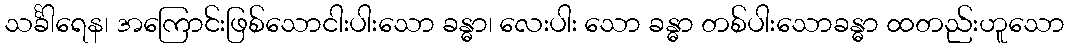
သင်္ခါရေန၊ အကြောင်းဖြစ်သောငါးပါးသော ခန္ဓာ၊ လေးပါး သော ခန္ဓာ တစ်ပါးသောခန္ဓာ ထတည်းဟူသော